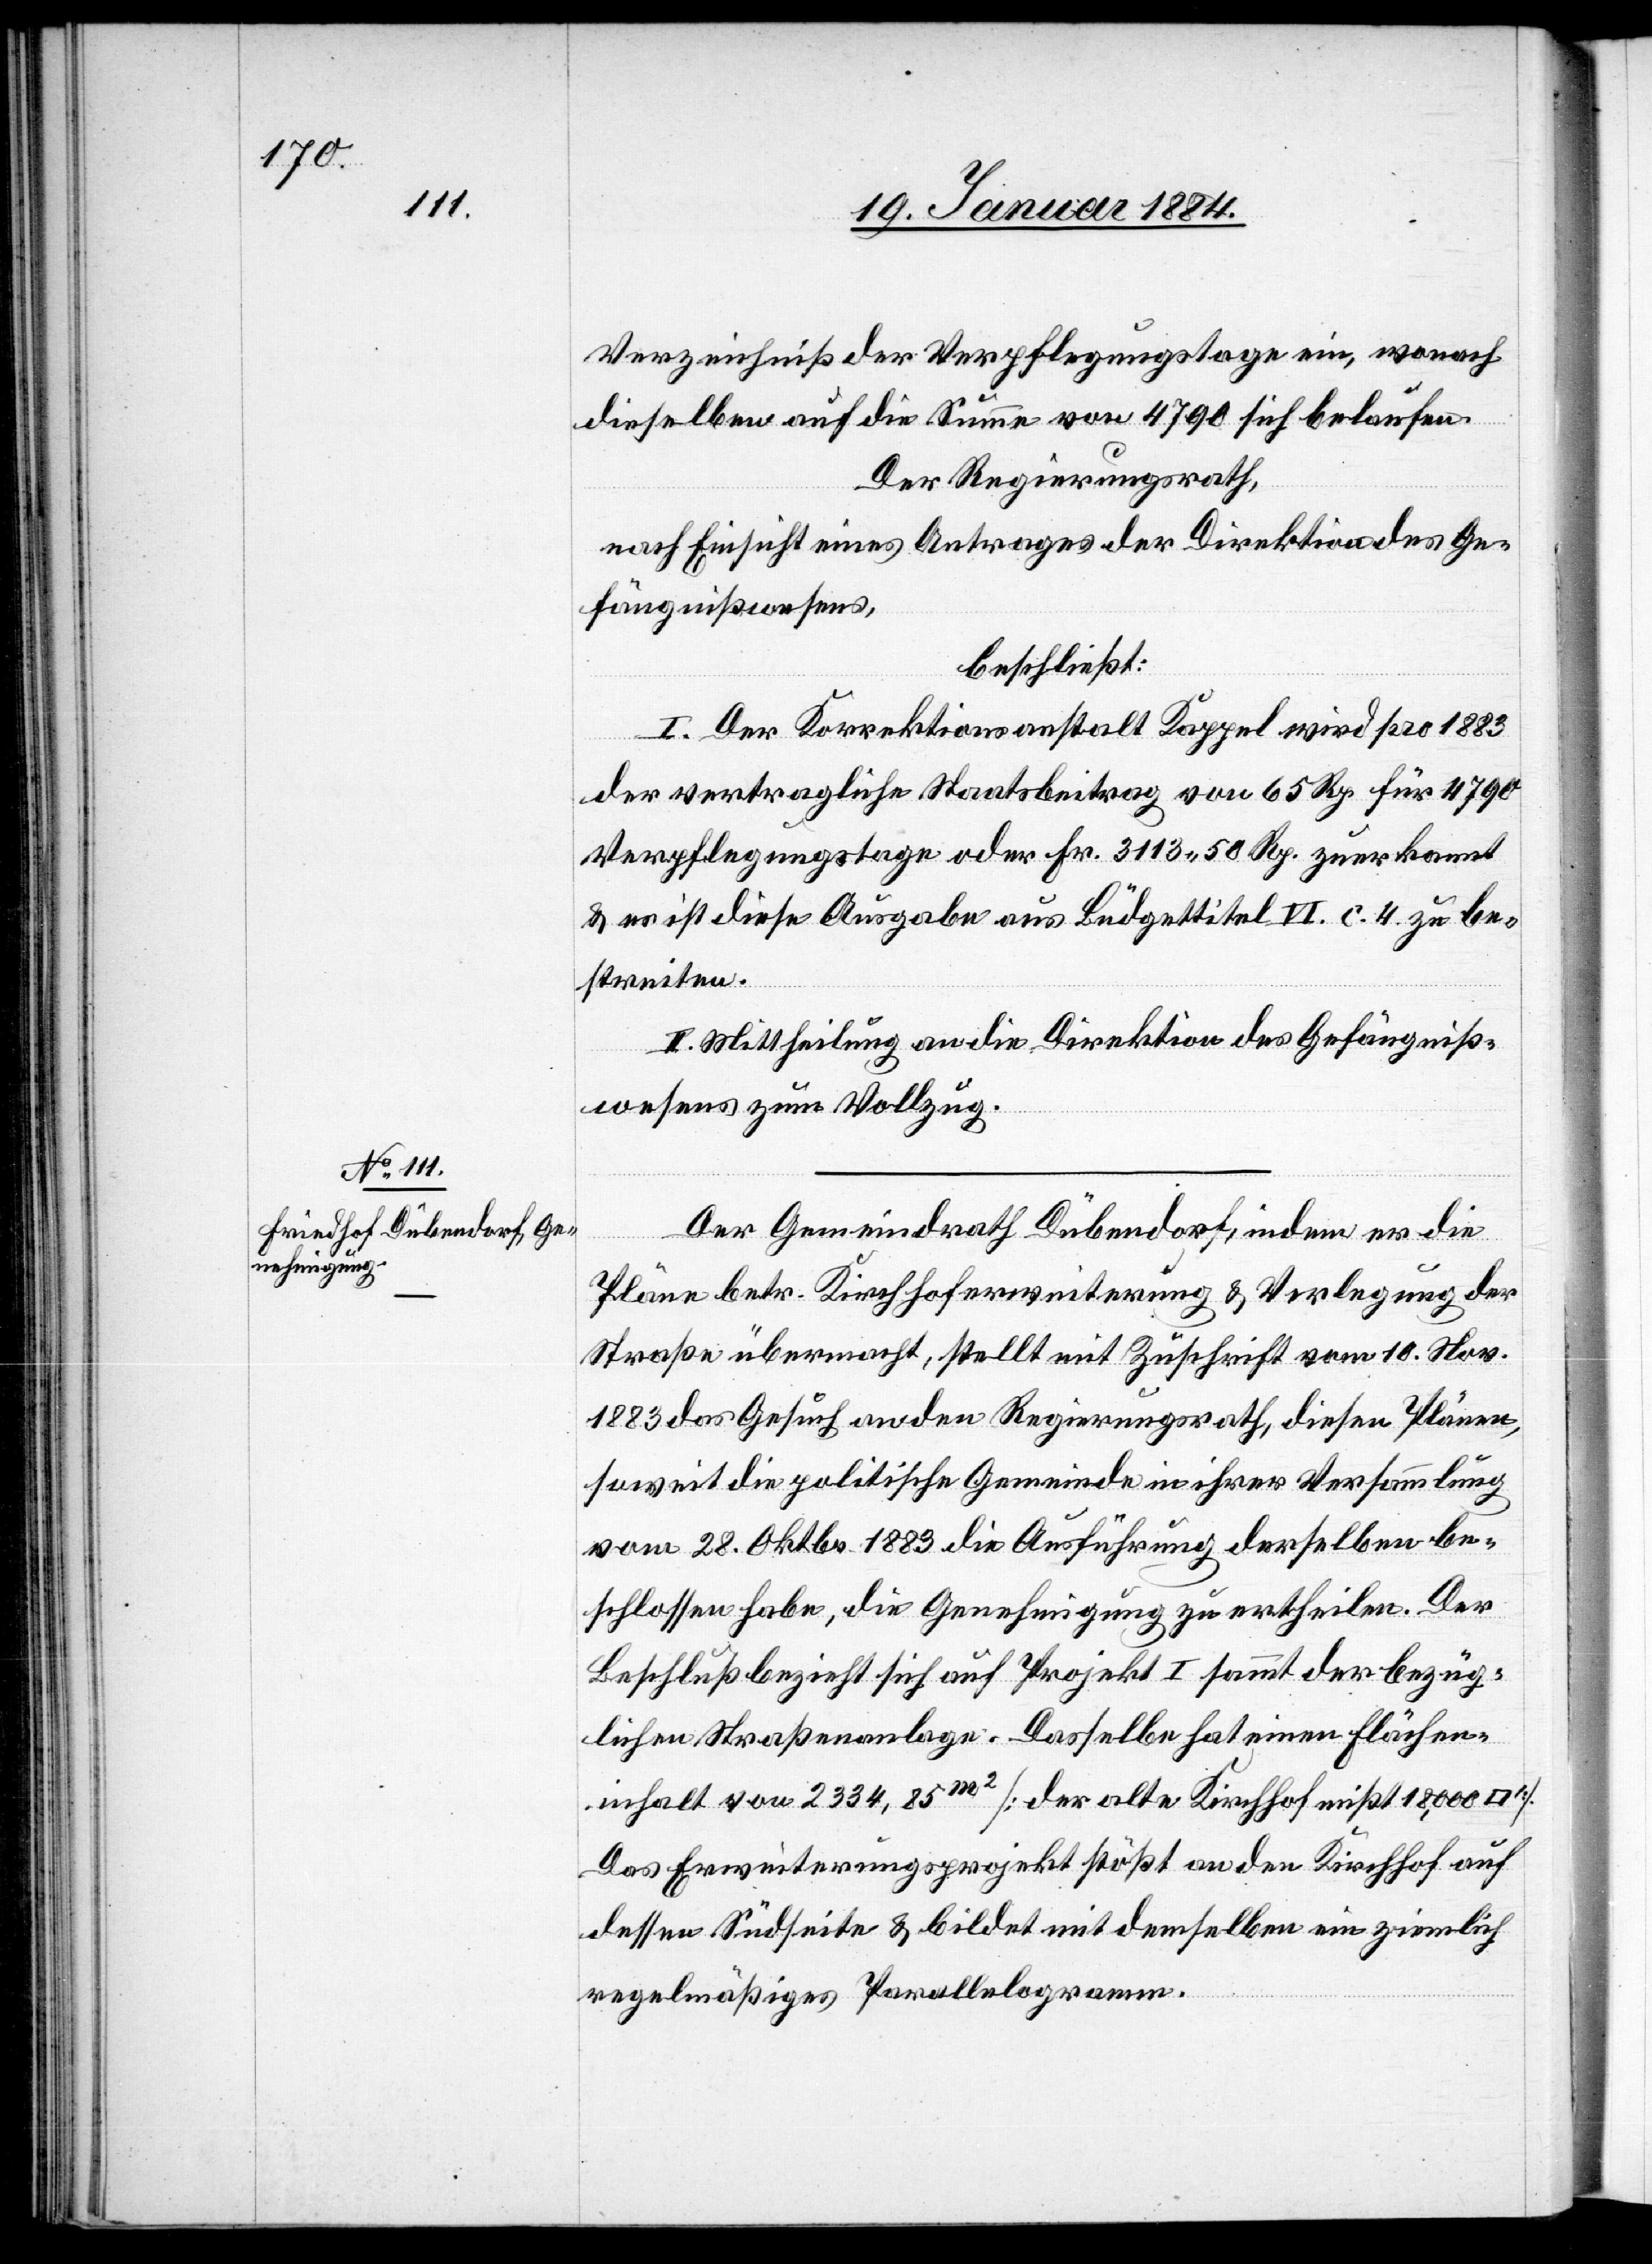
Verzeichniß der Verpflegungstage ein, wonach
dieselben auf die Summe von 4790 sich belaufen.
Der Regierungsrath,
nach Einsicht eines Antrages der Direktion des Ge¬
fängnißwesens,
beschließt:
I. Der Korrektionsanstalt Kappel wird pro 1883
der vertragliche Staatsbeitrag von 65 Rp. für 4790
Verpflegungstage oder Fr. 3113 50 Rp. zuerkannt
& es ist diese Ausgabe aus Büdgettitel VI c. 4 zu be¬
streiten.
II. Mittheilung an die Direktion des Gefängniß¬
wesens zum Vollzug.
Der Gemeindrath Dübendorf, indem er die
Pläne betr. Kirchhoferweiterung & Verlegung der
Straße übermacht, stellt mit Zuschrift vom 10. Nov.
1883 das Gesuch an den Regierungsrath, diesen Plänen,
soweit die politische Gemeinde in ihrer Versammlung
vom 28. Oktbr. 1883 die Ausführung derselben be¬
schlossen habe, die Genehmigung zu ertheilen. Der
Beschluß bezieht sich auf Projekt I sammt der bezüg¬
lichen Straßenanlage. Dasselbe hat einen Flächen¬
inhalt von 2334,85m2 [der alte Kirchhof mißt 18,000
Das Erweiterungsprojekt stößt an den Kirchhof auf
dessen Südseite & bildet mit demselben ein ziemlich
regelmäßiges Parallelogramm.